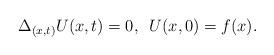
LaTeX: \begin{align*} \Delta_{(x,t)} U(x,t)=0, \,\,\,U(x,0)=f(x). \end{align*}